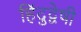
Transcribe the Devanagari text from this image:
हिंदुद्वेषी